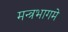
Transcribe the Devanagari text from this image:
मन्त्रभागमे